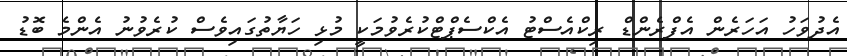
އެދުވަހު އަހަރެން އެފްރެންޑް ރިކްއެސްޓު އެކްސެޕްޓްކުރެވުމަކީ މުޅި ހަޔާތުގައިވެސް ކުރެވުނު އެންމެ ބޮޑު